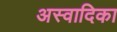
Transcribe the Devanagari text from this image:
अस्वादिका